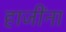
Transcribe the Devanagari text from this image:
हाजींना